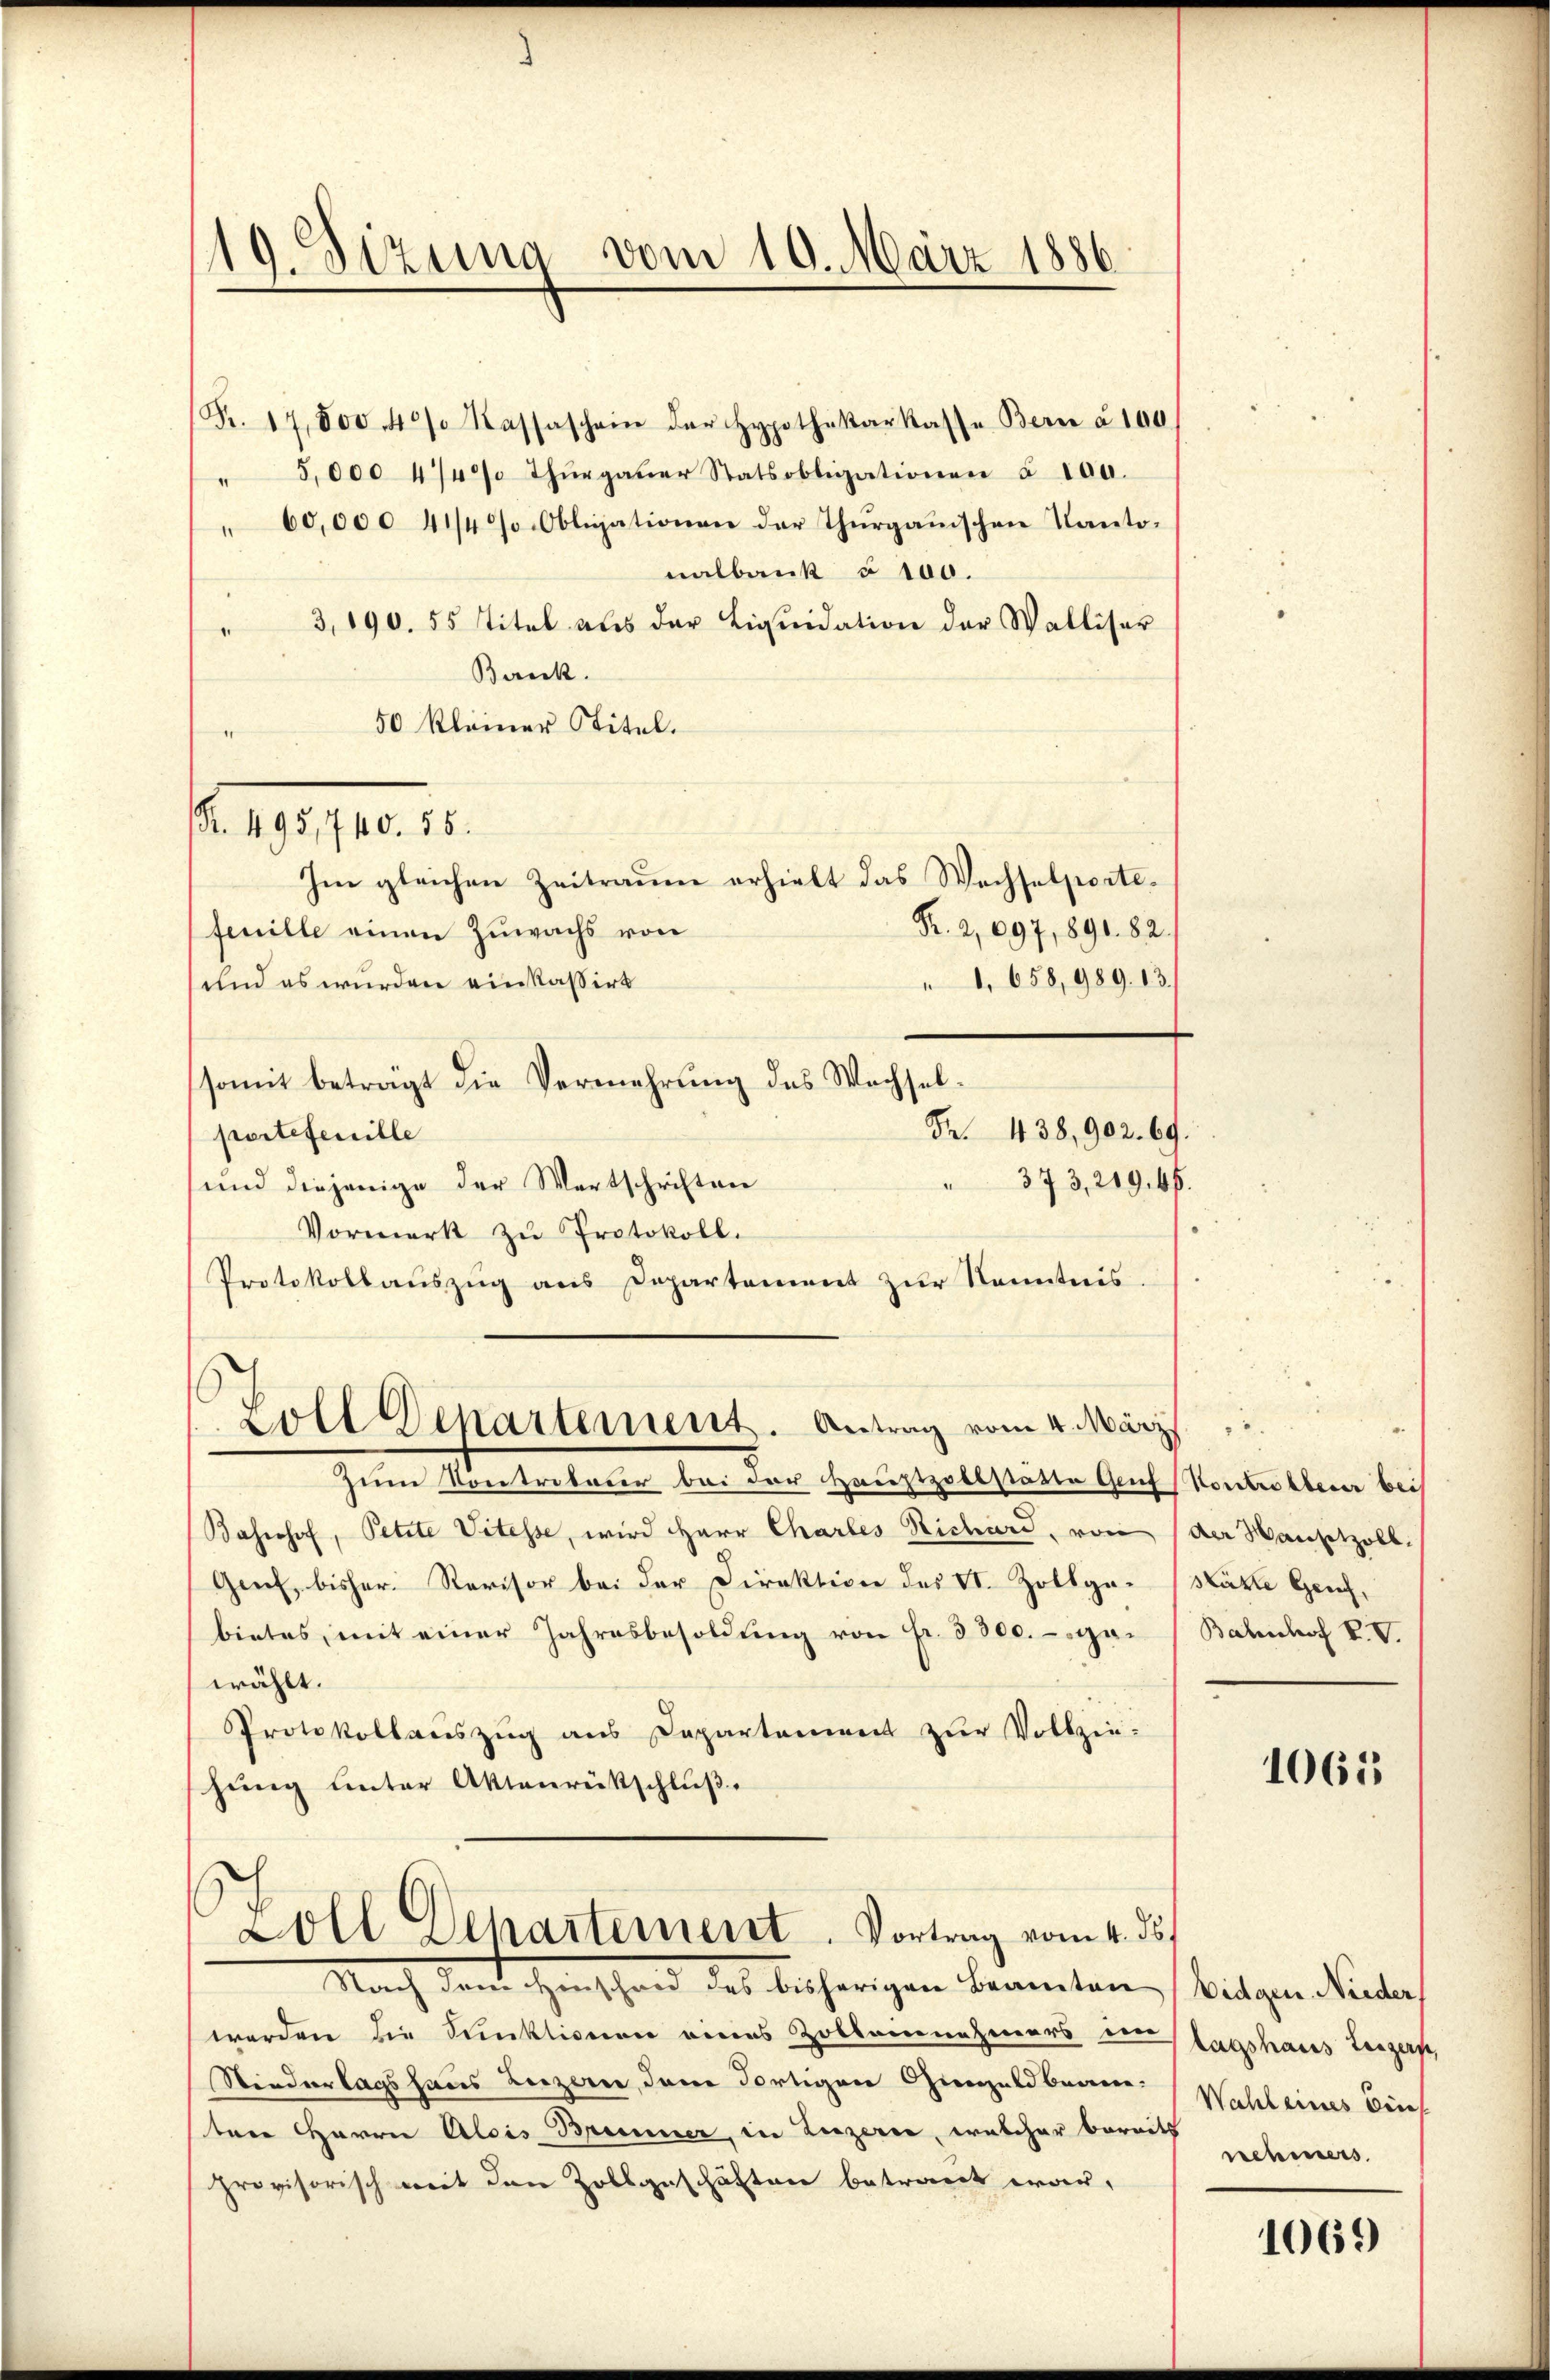
19. Sizung vom 10. März 1886

(Fr. 17,000. 40% Kassaschein der Hypothekarkasse Bern à 100.
" 5,000 4/4% Thŭrgaŭer Statsobligationen § 100.
" 60,000 4 1/4 J. Obligationen der Thurgauischen Kantonalbank à 100.
" 3,190. 55 Titel als der Liqŭidation der Walliser
Bereck
50 kleiner Stitel.
Im gleichen Zeitraume erhielt das Wechselporte¬
Kr. 2,097, 891. 82.
feuille einen Zuwachs von
und es wurden einkassirt
somit beträgt die Vermehrung des Wachselportefenille
 373, 219. 46.
und diejenige der Wertschriften
Vormerk zu Protokoll.
Protokollauszug aus Departement zur Kenntnis
Soll Departement. Antrag vom 4. März
Zum Kontrateur bei der Haustzollstätte Genf (Kontrollerer bei
Bahrohof, Petzte Vitesse, wird Herr Chartes Richard, von der Hansitzoll
Gent, bisher. Revisor bei der Direktion des VI. Zollge- Hätte Gerich,
bietes, mit einer Jahresbesoldŭng von fr. 3300. gar Bahnhof P. V.
wählt.
Protokollauszug aus Departement zur Vollzie-
hung unter Aktenrütschluß.
Zoll Departement. Vortrag vom 4. ds.
Nach dem Haushand das bisherigen Beamten (bitzen Winter
werden die Punktionen eines Zollannehmers den tagshaus Leigers,
Niederlagshaus Luzern, den Fortigen Giengeld beanten Herrn Alois Brunner, in Luzerne, welcher bereits
provisorisch mit den Zollgeschäften betraut war,

Ao. 18. 10. 18.

1, 658, 989. 13.
Fr. 438,902. 69.

1065

Wahl eines Eins
nehmers.

1069